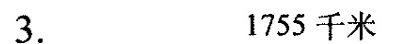
3. 1755千米